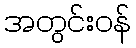
အတွင်းဝန်